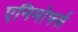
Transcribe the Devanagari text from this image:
एनिमोर्फ्स